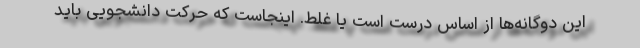
این دوگانه‌ها از اساس درست است یا غلط. اینجاست که حرکت دانشجویی باید